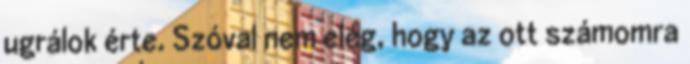
ugrálok érte. Szóval nem elég, hogy az ott számomra